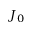
J _ { 0 }